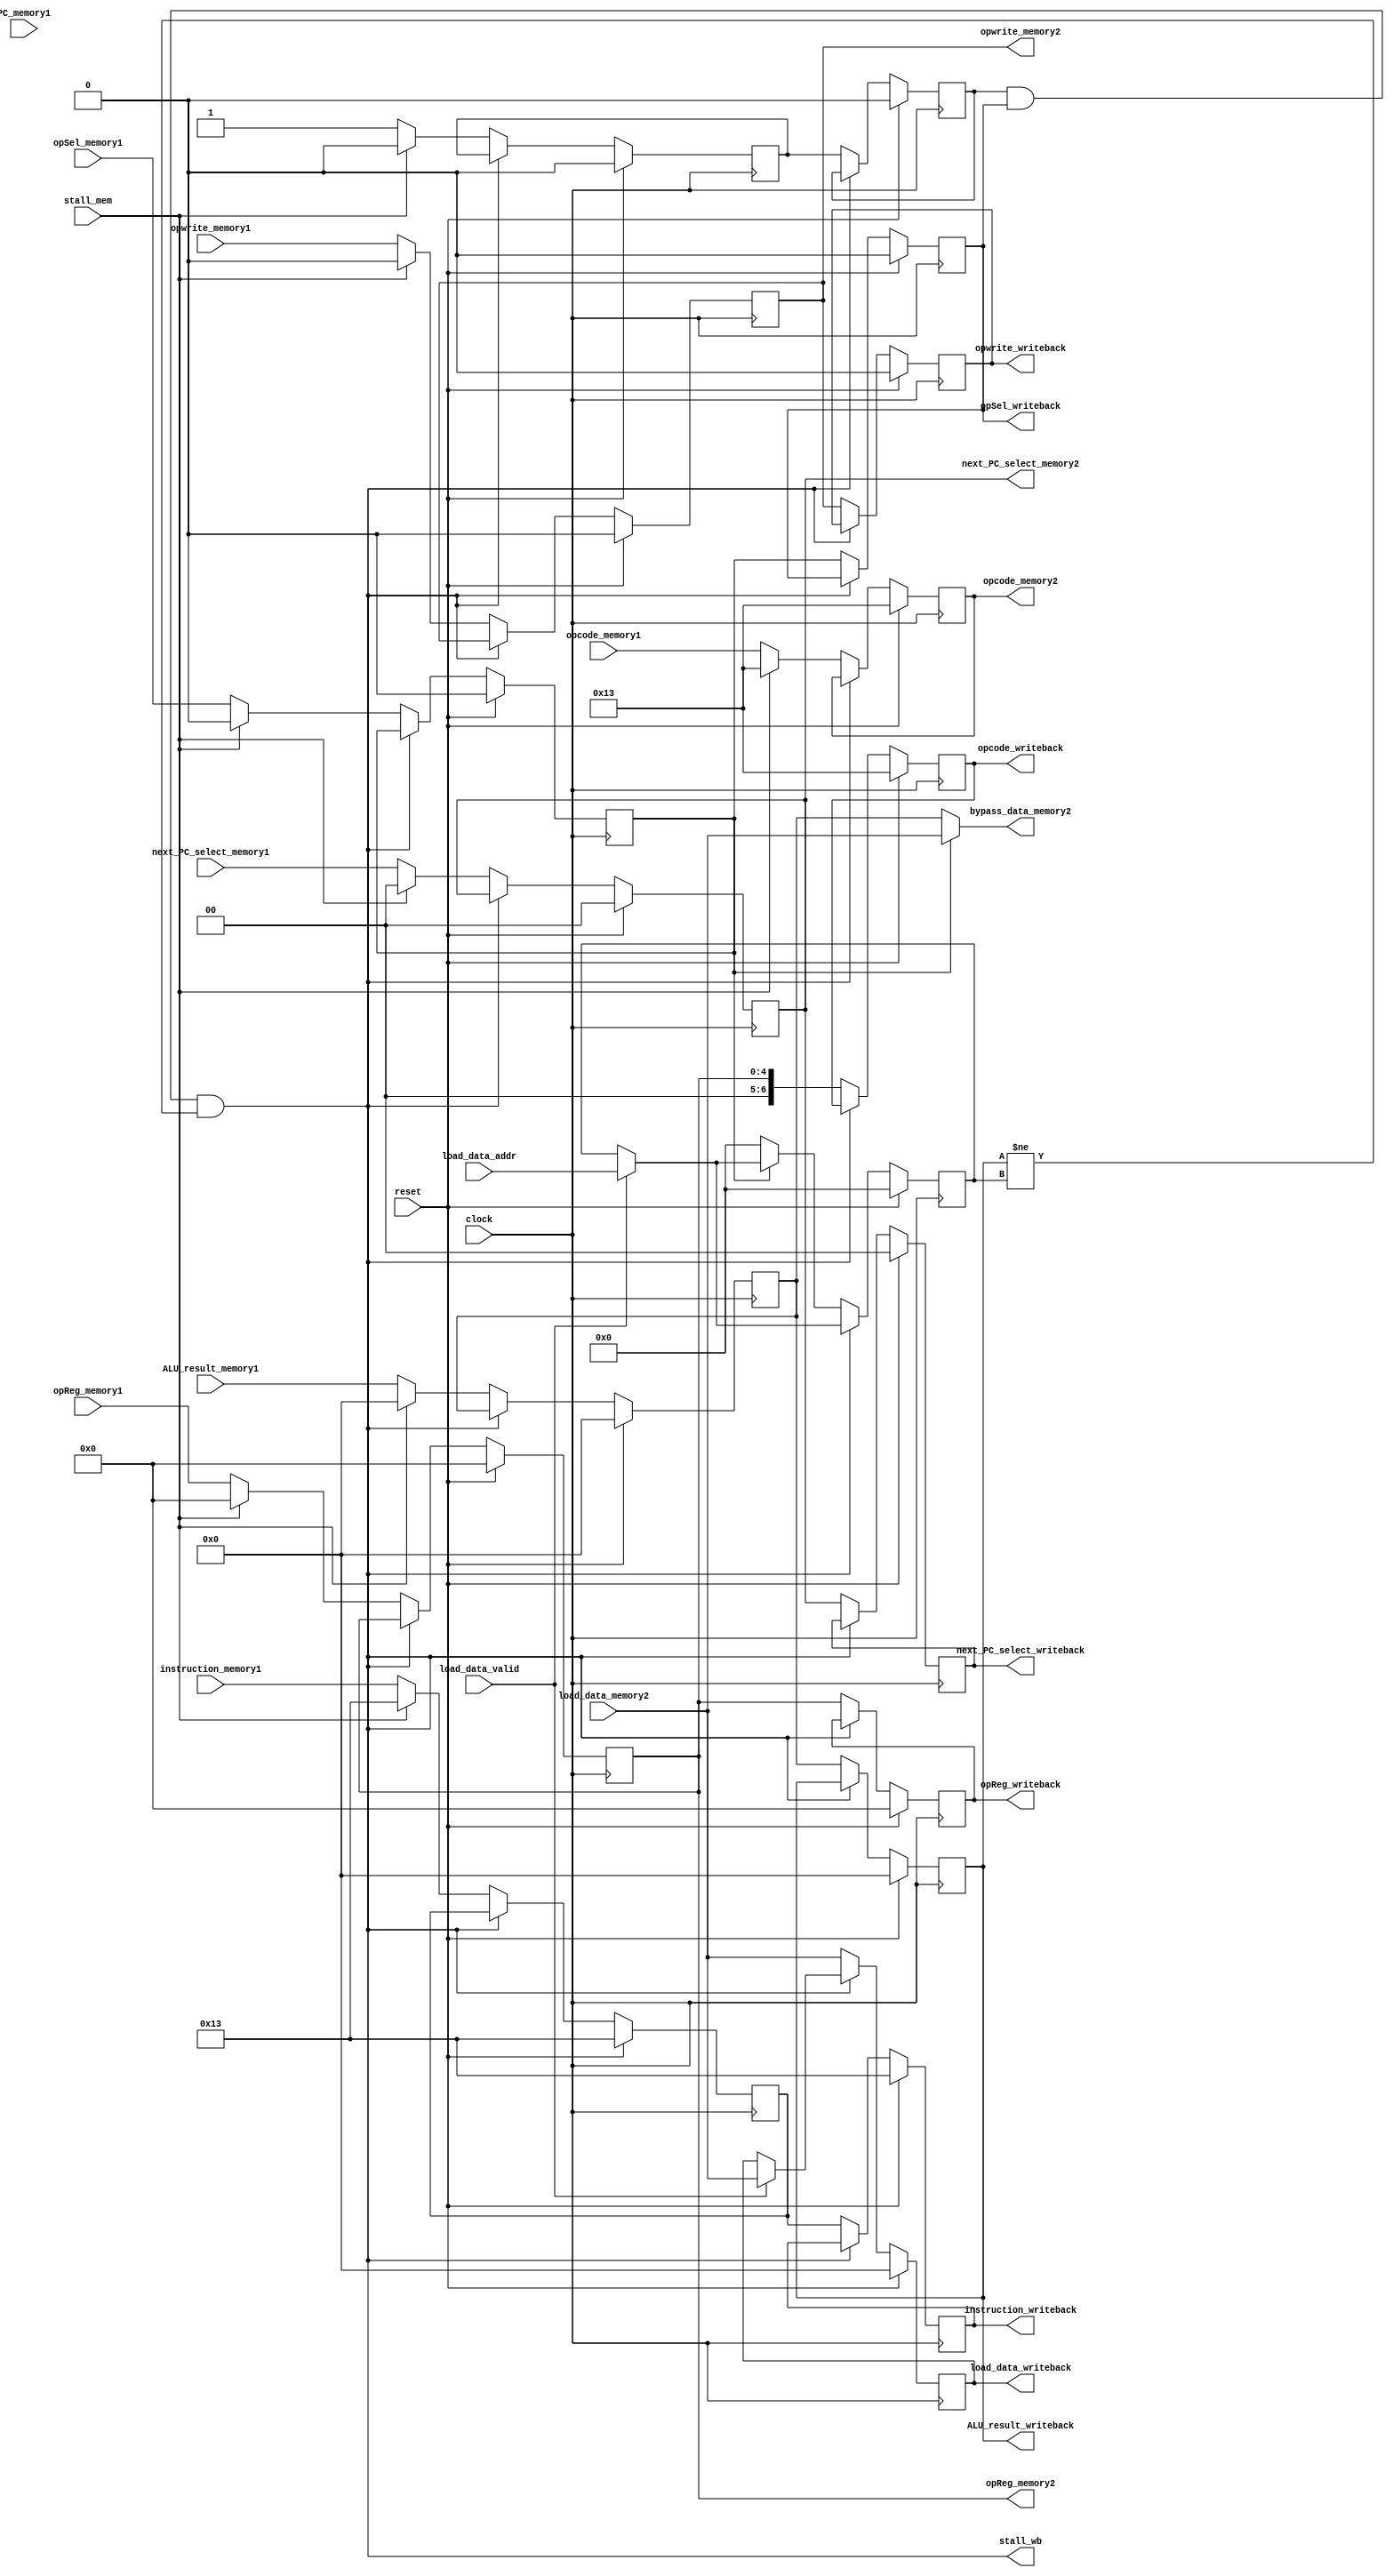
/** @module : memory_pipe_unit
 *  @author : Adaptive & Secure Computing Systems (ASCS) Laboratory
 
 *  Copyright (c) 2018 BRISC-V (ASCS/ECE/BU)
 *  Permission is hereby granted, free of charge, to any person obtaining a copy
 *  of this software and associated documentation files (the "Software"), to deal
 *  in the Software without restriction, including without limitation the rights
 *  to use, copy, modify, merge, publish, distribute, sublicense, and/or sell
 *  copies of the Software, and to permit persons to whom the Software is
 *  furnished to do so, subject to the following conditions:
 *  The above copyright notice and this permission notice shall be included in
 *  all copies or substantial portions of the Software.

 *  THE SOFTWARE IS PROVIDED "AS IS", WITHOUT WARRANTY OF ANY KIND, EXPRESS OR
 *  IMPLIED, INCLUDING BUT NOT LIMITED TO THE WARRANTIES OF MERCHANTABILITY,
 *  FITNESS FOR A PARTICULAR PURPOSE AND NONINFRINGEMENT. IN NO EVENT SHALL THE
 *  AUTHORS OR COPYRIGHT HOLDERS BE LIABLE FOR ANY CLAIM, DAMAGES OR OTHER
 *  LIABILITY, WHETHER IN AN ACTION OF CONTRACT, TORT OR OTHERWISE, ARISING FROM,
 *  OUT OF OR IN CONNECTION WITH THE SOFTWARE OR THE USE OR OTHER DEALINGS IN
 *  THE SOFTWARE.
 */
//////////////////////////////////////////////////////////////////////////////////


module memory_pipe_unit #(
  parameter DATA_WIDTH   = 32,
  parameter ADDRESS_BITS = 20
) (
  input clock,
  input reset,
  input stall_mem, //stall signal for from previous stage (dcache not ready)

  input [DATA_WIDTH-1:0] ALU_result_memory1, 
  input [DATA_WIDTH-1:0] load_data_memory2,  
  input [ADDRESS_BITS-1:0] load_data_addr,   
  input load_data_valid,                     
  input opwrite_memory1,
  input opSel_memory1,                      
  input [4:0] opReg_memory1,                 
  input [1:0] next_PC_select_memory1,        
  input [DATA_WIDTH-1:0] instruction_memory1,
  input [ADDRESS_BITS-1:0] PC_memory1,
  input [6:0] opcode_memory1,

  output reg [DATA_WIDTH-1:0] ALU_result_writeback, 
  output reg [DATA_WIDTH-1:0] load_data_writeback,
  output reg opwrite_writeback,                     
  output reg opSel_writeback,                       
  output reg [4:0] opReg_writeback,                 
  output reg [1:0] next_PC_select_writeback,        
  output reg [DATA_WIDTH-1:0] instruction_writeback,
  output reg [6:0] opcode_writeback,

  output [DATA_WIDTH-1:0] bypass_data_memory2,
  output reg [1:0] next_PC_select_memory2,
  output reg opwrite_memory2,
  output reg [4:0] opReg_memory2,
  output reg [6:0] opcode_memory2,
  output stall_wb
);

localparam NOP = 32'h00000013;

reg opSel_memory2;
reg [DATA_WIDTH-1:0] ALU_result_memory2;
reg [DATA_WIDTH-1:0] instruction_memory2;
reg mem2_valid, writeback_valid;
reg [ADDRESS_BITS-1:0] wb_data_addr; 
reg [ADDRESS_BITS-1:0] PC_memory2;
reg [ADDRESS_BITS-1:0] PC_writeback;

assign bypass_data_memory2 = opSel_memory2 ? load_data_memory2 : ALU_result_memory2;

always @(posedge clock) begin
  if(reset) begin
    ALU_result_memory2     <= {DATA_WIDTH{1'b0}};
    opwrite_memory2        <= 1'b0;
    opSel_memory2          <= 1'b0;
    opReg_memory2          <= 5'b0;
    next_PC_select_memory2 <= 2'b00;
    instruction_memory2    <= NOP;
    mem2_valid             <= 1'b0;
    PC_memory2             <= {ADDRESS_BITS{1'b0}};
    opcode_memory2         <= 7'h13; //ADDI
  end else if(stall_wb)begin
    ALU_result_memory2     <= ALU_result_memory2;
    opwrite_memory2        <= opwrite_memory2;
    opSel_memory2          <= opSel_memory2;
    opReg_memory2          <= opReg_memory2;
    next_PC_select_memory2 <= next_PC_select_memory2;
    instruction_memory2    <= instruction_memory2;
    mem2_valid             <= mem2_valid;
    PC_memory2             <= PC_memory2;
    opcode_memory2         <= opcode_memory2;
  end else if(~stall_wb)begin
    if(stall_mem)begin
      ALU_result_memory2     <= {DATA_WIDTH{1'b0}};
      opwrite_memory2        <= 1'b0;
      opSel_memory2          <= 1'b0;
      opReg_memory2          <= 5'b0;
      next_PC_select_memory2 <= 2'b00;
      instruction_memory2    <= NOP;
      mem2_valid             <= 1'b0;
      PC_memory2             <= {ADDRESS_BITS{1'b0}};
      opcode_memory2         <= 7'h13;
    end
    else begin
      ALU_result_memory2     <= ALU_result_memory1;
      opwrite_memory2        <= opwrite_memory1;
      opSel_memory2          <= opSel_memory1;
      opReg_memory2          <= opReg_memory1;
      next_PC_select_memory2 <= next_PC_select_memory1;
      instruction_memory2    <= instruction_memory1;
      mem2_valid             <= 1'b1;
      PC_memory2             <= PC_memory1;
      opcode_memory2         <= opcode_memory1;
    end
  end
end

always @(posedge clock)begin
  if(reset)begin
    ALU_result_writeback     <= {DATA_WIDTH{1'b0}};
    load_data_writeback      <= {DATA_WIDTH{1'b0}};
    opwrite_writeback        <= 1'b0;
    opSel_writeback          <= 1'b0;
    opReg_writeback          <= 5'b0;
    next_PC_select_writeback <= 2'b00;
    instruction_writeback    <= NOP;
    wb_data_addr             <= {ADDRESS_BITS{1'b0}};
    writeback_valid          <= 1'b0;
    PC_writeback             <= {ADDRESS_BITS{1'b0}};
    opcode_writeback         <= 7'h13;
  end else if(stall_wb)begin
    ALU_result_writeback     <= ALU_result_writeback;
    load_data_writeback      <= load_data_valid ? load_data_memory2 : load_data_writeback;
    opwrite_writeback        <= opwrite_writeback;
    opSel_writeback          <= opSel_writeback;
    opReg_writeback          <= opReg_writeback;
    next_PC_select_writeback <= next_PC_select_writeback;
    instruction_writeback    <= instruction_writeback;
    writeback_valid          <= writeback_valid;
    wb_data_addr             <= load_data_valid ? load_data_addr : wb_data_addr;
    PC_writeback             <= PC_writeback;
    opcode_writeback         <= opcode_writeback;
  end else begin
    ALU_result_writeback     <= ALU_result_memory2;
    load_data_writeback      <= load_data_memory2;
    opwrite_writeback        <= opwrite_memory2;
    opSel_writeback          <= opSel_memory2;
    opReg_writeback          <= opReg_memory2;
    next_PC_select_writeback <= next_PC_select_memory2;
    instruction_writeback    <= instruction_memory2;
    writeback_valid          <= mem2_valid;
    wb_data_addr             <= opSel_memory2 ? load_data_valid ? load_data_addr : 
                                wb_data_addr : {ADDRESS_BITS{1'b0}};
    PC_writeback             <= PC_memory2;
    opcode_writeback         <= opReg_memory2;
  end
end

assign stall_wb = (writeback_valid & opSel_writeback & (ALU_result_writeback != wb_data_addr));

endmodule